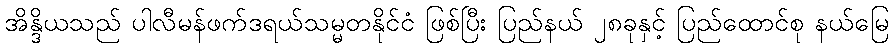
အိန္ဒိယသည် ပါလီမန်ဖက်ဒရယ်သမ္မတနိုင်ငံ ဖြစ်ပြီး ပြည်နယ် ၂၈ခုနှင့် ပြည်ထောင်စု နယ်မြေ